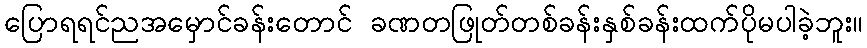
ပြောရရင်ညအမှောင်ခန်းတောင် ခဏတဖြုတ်တစ်ခန်းနှစ်ခန်းထက်ပိုမပါခဲ့ဘူး။